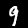
Label: 9